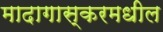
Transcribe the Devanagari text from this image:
मादागास्करमधील